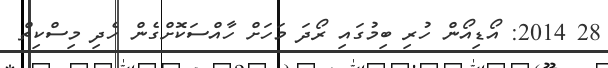
28 2014: އޯޑިއޯން ހުރި ބިމުގައި ރޯދަ މަހަށް ހާއްސަކޮށްގެން ހެދި މިސްކިތް